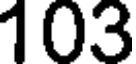
103